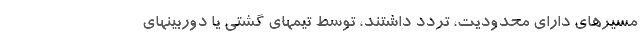
مسیرهای دارای محدودیت، تردد داشتند، توسط تیمهای گشتی یا دوربینهای